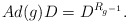
\begin{align*}Ad(g)D = D^{R_{g^{-1}}}.\end{align*}